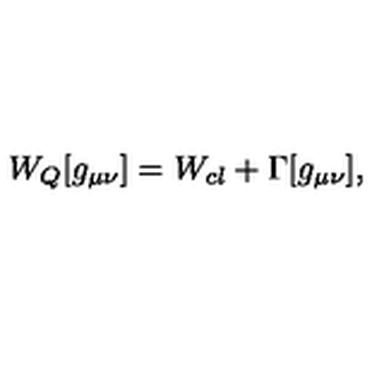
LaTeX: W _ { Q } [ g _ { \mu \nu } ] = W _ { c l } + \Gamma [ g _ { \mu \nu } ] ,